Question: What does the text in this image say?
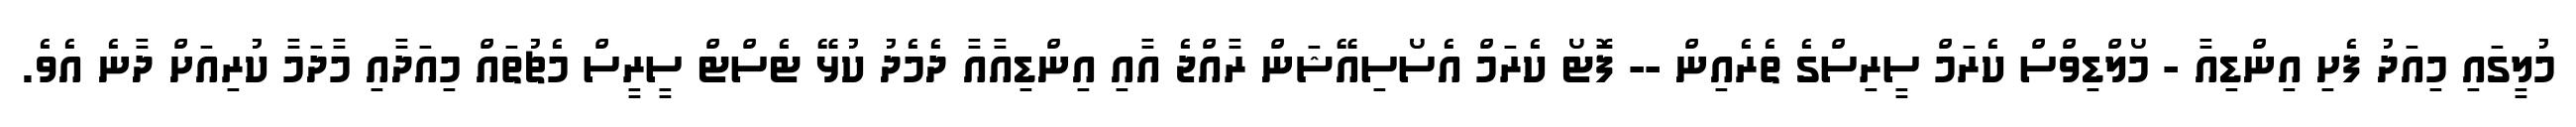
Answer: މުލީގައި މިއަދު ފެށި އިންޑިއާ - މޯލްޑިވްސް ކެރަމް ސީރިސްގެ ތެރެއިން -- ފޮޓޯ ކެރަމް އެސޯސިއޭޝަން ރާއްޖެ އާއި އިންޑިއާއާ ދެމެދު ކުޅޭ ޓެސްޓް ސީރީސް މެޗުތައް މިއަދާއި މާދަމާ ކުރިއަށް ދާނެ އެވެ.